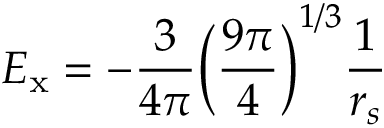
E _ { \mathrm { x } } = - \frac { 3 } { 4 \pi } \bigg ( \frac { 9 \pi } { 4 } \bigg ) ^ { 1 / 3 } \frac { 1 } { r _ { s } }